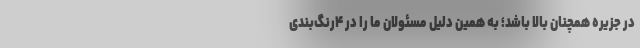
در جزیره همچنان بالا باشد؛ به همین دلیل مسئولان ما را در ۴رنگ‌بندی